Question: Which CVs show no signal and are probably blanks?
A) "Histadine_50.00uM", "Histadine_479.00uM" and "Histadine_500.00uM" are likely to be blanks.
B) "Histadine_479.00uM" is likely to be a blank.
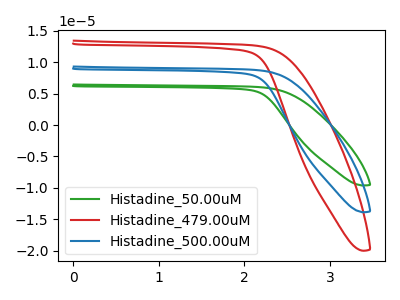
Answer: <think>The green curve "Histadine_50.00uM" has no peaks. The red curve "Histadine_479.00uM" has no peaks. The blue curve "Histadine_500.00uM" has no peaks.</think>
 <answer>A) "Histadine_50.00uM", "Histadine_479.00uM" and "Histadine_500.00uM" are likely to be blanks.</answer>
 <eval>A</eval>